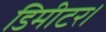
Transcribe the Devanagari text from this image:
डिमीटर।